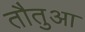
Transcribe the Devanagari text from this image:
तौतुआ